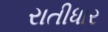
રાતીધાર